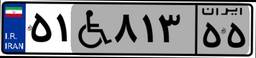
۶۸W۲۱۹۵۵